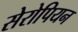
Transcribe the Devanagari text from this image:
सेरोपियन